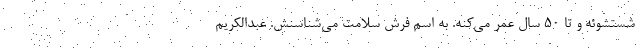
شستشوئه و تا ۵۰ سال عمر می‌کنه. به اسم فرش سلامت می‌شناسنش. عبدالکریم